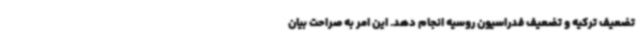
تضعیف ترکیه و تضعیف فدراسیون روسیه انجام دهد. این امر به صراحت بیان